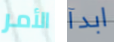
الأمر ابدآ